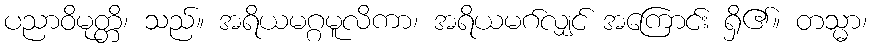
ပညာဝိမုတ္တိ၊ သည်။ အရိယမဂ္ဂမူလိကာ၊ အရိယမဂ်လျှင် အကြောင်း ရှိ၏။ တသ္မာ၊